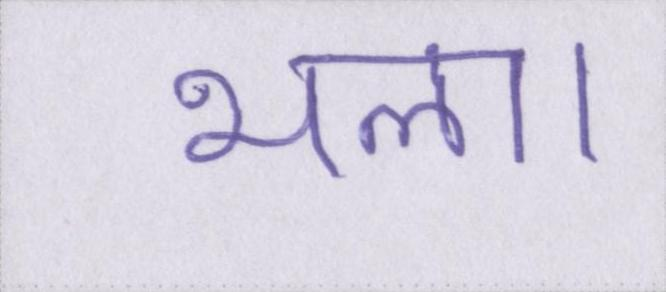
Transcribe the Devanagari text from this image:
भला।